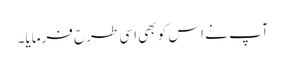
آپ نے اس کو بھی اسی طرح فرمایا۔